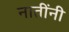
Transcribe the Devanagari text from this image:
नातींनी